Report on vaccination in Madras 1922-1929 - 1922-1929
Year: 1922
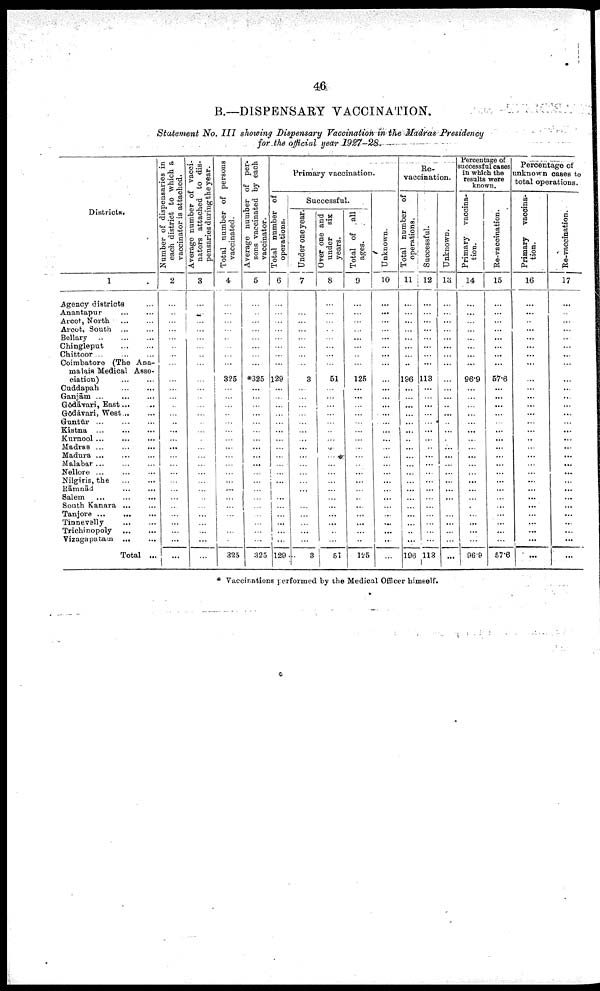
46
B.—DISPENSARY VACCINATION.
Statement No. III showing Dispensary Vaccination in the Madras Presidency
for the official year 1927-28.
Districts.
1
Agency districts ...
Anantapur
...
...
Arcot, North ... ...
Arcot, South ... ...
Bellary
...
...
...
Chingleput
...
...
Chittoor
...
...
...
Coimbatore (The Ana¬
malais Medical Asso
ciation)
...
...
Cuddapah
...
...
Ganjām
...
...
...
Gōdāvari, East ... ...
Gōdāvari, West ... ...
Guntūr
...
...
...
Kistna
...
...
...
Kurnool
...
...
...
Madras ... ... ...
Madura
...
...
...
Malabar
...
...
...
Nellore ... ... ...
Nilgiris, the
...
...
Rāmnād ... ...
Salem ...
...
...
South Kanara
...
...
Tanjore
...
...
...
Tinnevelly
...
...
Trichinopoly
...
...
Vizagapatam
...
...
Total ...
Number of dispensaries in
each district to which a
vaccinator is attached.
2
...
...
...
...
...
...
...
...
...
...
...
...
...
...
...
...
...
...
...
...
...
...
...
...
...
...
...
...
...
Average number of vacci
nators attached to dis
pensaries during the year.
3
...
...
...
...
...
...
...
...
...
...
...
...
...
...
...
...
...
...
...
...
...
...
...
...
...
...
...
...
...
Total number of persons
vaccinated.
4
...
...
...
...
...
...
...
...
325
...
...
...
...
...
...
...
...
...
...
...
...
...
...
...
...
...
...
...
325
Average number of per
sons vaccinated by each
vaccinator.
5
...
...
...
...
...
...
...
...
*325
...
...
...
...
...
...
...
...
...
...
...
...
...
...
...
...
...
...
...
325
Primary vaccination.
Total number of
operations.
6
...
...
...
...
...
...
...
...
129
...
...
...
...
...
...
...
...
...
...
...
...
...
...
...
...
...
...
...
129
Successful.
Unde r one year.
7
...
...
...
...
...
...
...
...
3
...
...
...
...
...
...
...
...
...
...
...
...
...
...
...
...
...
...
...
3
Over one and
under six
years.
8
...
...
...
...
...
...
...
...
51
...
...
...
...
...
...
...
...
...
...
...
...
...
...
...
...
...
...
...
51
Total of all
ages.
9
...
...
...
...
...
...
...
...
125
...
...
...
...
...
...
...
...
...
...
...
...
...
...
...
...
...
...
...
125
Unknown.
10
...
...
...
...
...
...
...
...
...
...
...
...
...
...
...
...
...
...
...
...
...
...
...
...
...
...
...
...
...
Re¬
vaccination.
Total number of
operations.
11
...
...
...
...
...
...
...
...
196
...
...
...
...
...
...
...
...
...
...
...
...
...
...
...
...
...
...
...
196
Successful.
12
...
...
...
...
...
...
...
...
113
...
...
...
...
...
...
...
...
...
...
...
...
...
...
...
...
...
...
...
113
Unknown.
13
...
...
...
...
...
...
...
...
...
...
...
...
...
..
...
...
...
...
...
...
...
...
...
...
...
...
...
...
...
Percentage of
successful cases
in which the
results were
known.
Primary vaccina
tion.
14
...
...
...
...
...
...
...
...
96.9
...
...
...
...
...
...
...
...
...
...
...
...
...
...
...
...
...
...
...
96.9
Re-vaccination.
15
...
...
...
...
...
...
...
...
57.6
...
...
...
...
...
...
...
...
...
...
...
...
...
...
...
...
...
...
...
57.6
Percentage of
unknown oases to
total operations.
Primary
vaccina
tion.
16
...
...
...
...
...
...
...
...
...
...
...
...
...
...
...
...
...
...
...
...
...
...
...
...
...
...
...
...
...
Re-vaccination.
17
...
...
...
...
...
...
...
...
...
...
...
...
...
...
...
...
...
...
...
...
...
...
...
...
...
...
...
...
...
* Vaccinations performed by the Medical Officer himself.